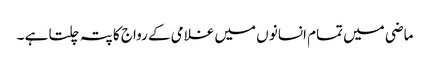
ماضی میں تمام انسانو ں میں غلامی کے رواج کا پتہ چلتا ہے ۔